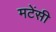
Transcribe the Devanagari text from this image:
मटेंसी